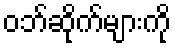
ဝဘ်ဆိုက်များကို